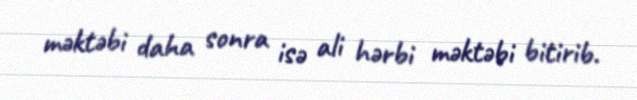
məktəbi daha sonra isə ali hərbi məktəbi bitirib.